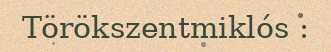
Törökszentmiklós :